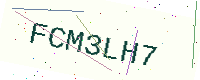
Text: FCM3LH7